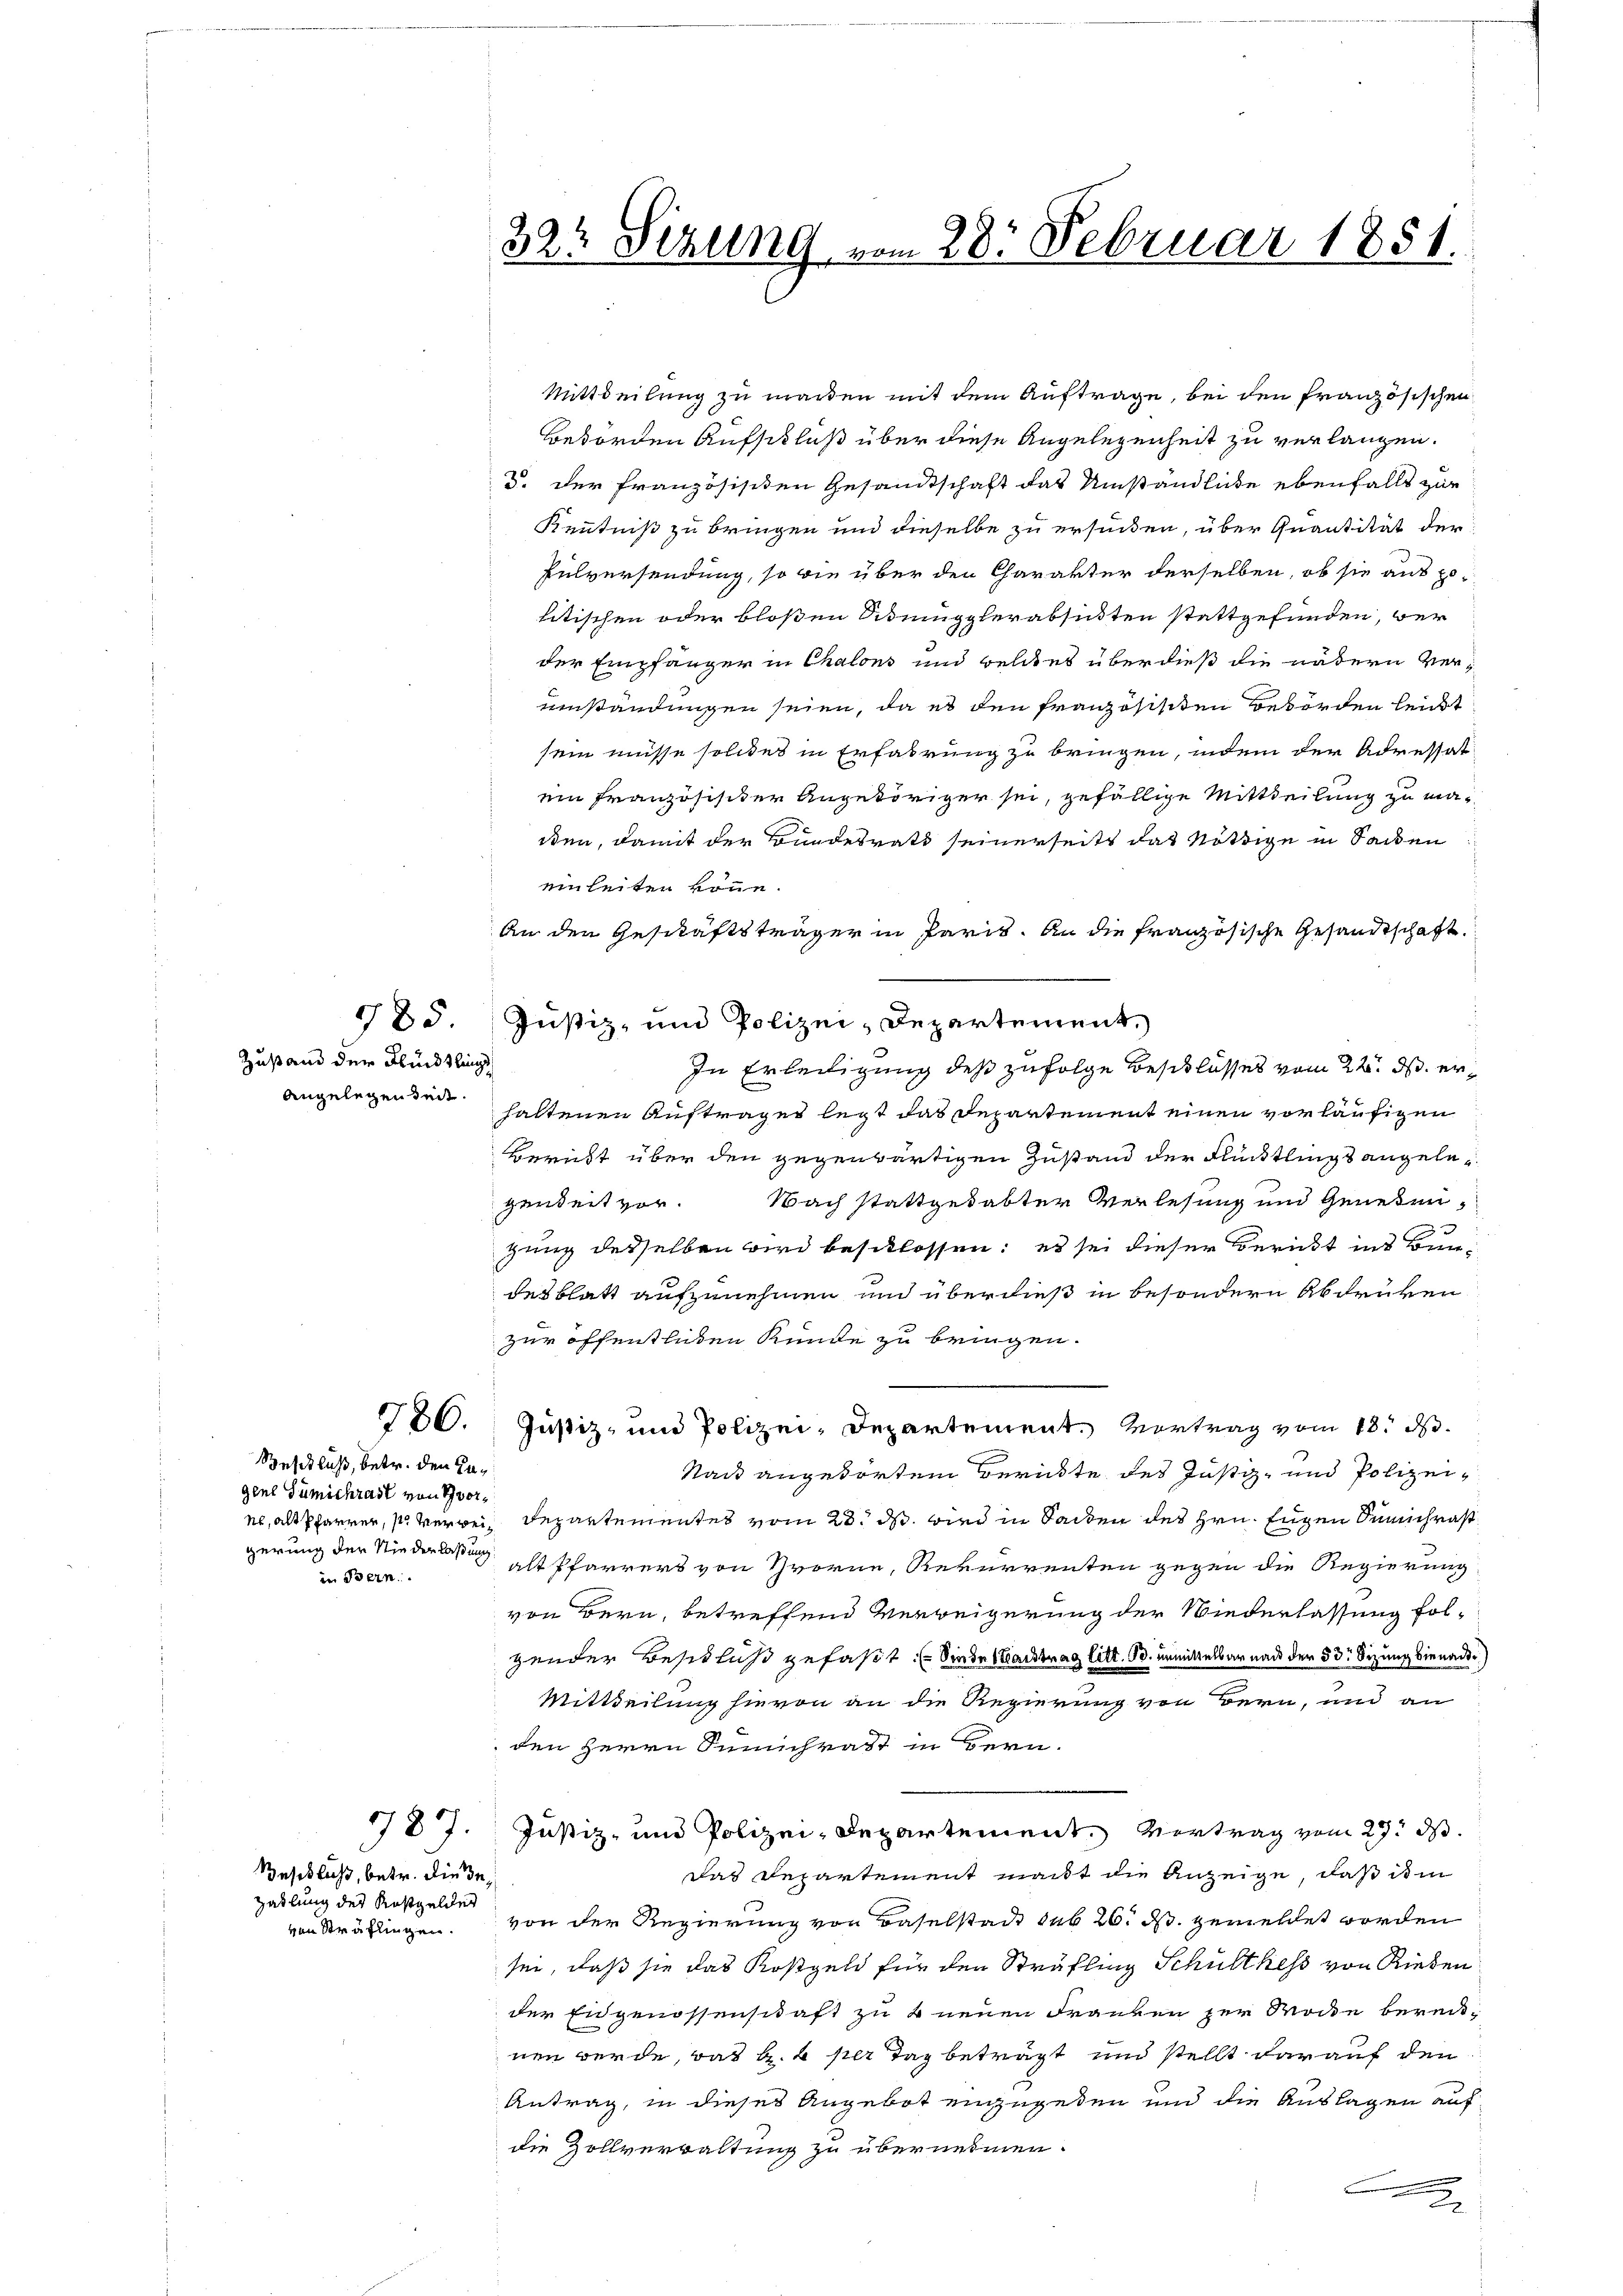
785.

Zustand der Klindtling
angelegenden.

786.

Speschluß, betr. den Cagene Gumichrast von vorgerung der Niederlaßung
in Bern.

Beschluss, betr. diese
Zahlung der Kostgeldes
von Sträflingen.

787.

322 Sizung vom 28. Februar 1851.

Mittheilung zu werden mit dem Auftrage, bei den französischen
Behörden Aufschluß über diese Angelegenheit zu verlangen.
2. Der französisiden Gesandtschaft das Umständliche ebenfalls zur
Kenntniß zu bringen und dieselbe zu ersuchen, über Quantität der
Pulversendung, so wie über den Charakter derselben, ob sie aus politischen oder bloßen Stumgglerabsichten stattgefunden, ver
der Empfänger in Chalons und welches überdieß die nähern verumständungen seien, da es den französisiten Behörden leicht
sein müsse solches in Erfahrung zu bringen, indem der Adressat
ein Französischer Angehöriger sei, gefällige Mittheilung zu maden, damit der Bundesrath seinerseits das nöthige in Sacken
einleiten könne.
An den Geschäftsträger in Paris. An die französische Gesandtschaft
Justiz- und Polizei-Departement.
In Erleitigung des zufolge Beschlusses vom 22. ds. erhaltenen Auftrages legt das Departement einen vorläufigen
Bericht über den gegenwärtigen Zustand der Flüchtlings angelegenheit vor. Nach stattgehabter Verlesung und Genesengung desselben wird beschlossen; es sei dieser Bericht ins Bürdesblatt aufzunehmen und überdieß in besondern Abdrüken
zur öffentlichen Kunde zu bringen.
Justiz- und Polizei, Departement. Vortrag vom 18. d.
Stadt angehörten Berichte des Justiz- und Polizei-
n, als Pfarrer, so verwein Departementes vom 23. d. wird in Sacken des Hrn. Eugen Sunchrast
alt Pfarrers von Horne, Rekurrenten gegen die Regierung
von Bern, betreffend Verweigerung der Wiederlassung folgender Beschluß gefaßt: Sie de Nachtrag litt. 90. unmittelbar nach der 53 Sizung bienac
Mittheilung hievon an die Regierung von Bern, und an
den Herrn Sunchrast in Bern.
Justiz- und Polizei-Departement. Vertrag vom 27. ds.
das Departement macht die Anzeige, daß ist in
von der Regierung von Baselstadt sub 20. ds. gemeldet werden
sei, daß sie das Kostgeld für den Sträfling Schulthess von Rieden
der Eidgenossenschaft zu 4 neuen Franken zur Wacke bereitnen werde, das k. k per Tag beträgt und stellt darauf den
Antrag, in dieses Angebot einzugeden und die Auslagen auf
die Zollverwaltung zu übernehmen.
e
2.